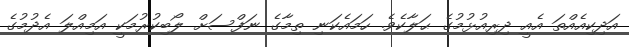
އަދިކިއެއްތަ އެއީ ދިރިއުޅުމުގެ ޙަލާކެވެ. ހަމައެކަނި ތިމާގެ ނަފްސަށް ލޯބިކުރުމަކީ އަމިއްލަ އެދުމުގެ